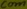
Text: com